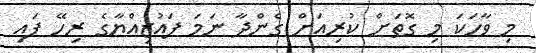
މި ވާހަކަ މި ގޮތަށް ކުރިއަށް ގެންދާ ނަމަ ފައުޒިއްޔާގެ ރިހޭ ފައި